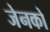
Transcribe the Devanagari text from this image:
जेनको